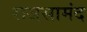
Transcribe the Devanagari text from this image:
राजसामंद